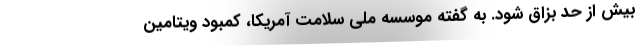
بیش از حد بزاق شود. به گفته موسسه ملی سلامت آمریکا، کمبود ویتامین